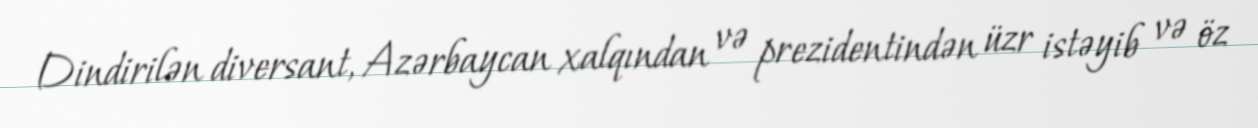
Dindirilən diversant, Azərbaycan xalqından və prezidentindən üzr istəyib və öz